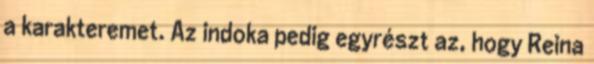
a karakteremet. Az indoka pedig egyrészt az, hogy Reina